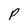
Character: p